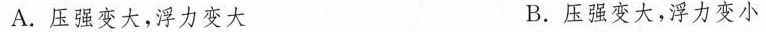
A.压强变大，浮力变大 B.压强变大，浮力变小